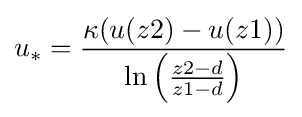
u_{*}={\frac {\kappa (u(z2)-u(z1))}{\ln \left({\frac {z2-d}{z1-d}}\right)}}